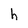
Character: h